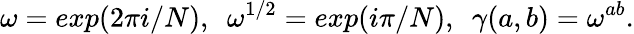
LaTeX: \omega=exp(2\pi i/N),~~\omega^{1/2}=exp(i\pi/N),~~\gamma(a,b)=\omega^{ab}.